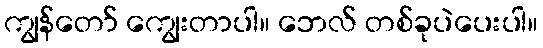
ကျွန်တော် ကျွေးတာပါ။ ဘေလ် တစ်ခုပဲပေးပါ။